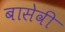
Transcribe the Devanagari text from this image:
बासेवी